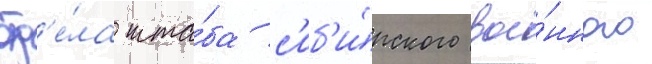
отд'е́ла шта́ба с'иб'и́рского вое́нного